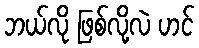
ဘယ်လို ဖြစ်လို့လဲ ဟင်